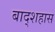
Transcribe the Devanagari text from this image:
बाद्शहास